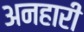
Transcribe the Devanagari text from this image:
अनहारी